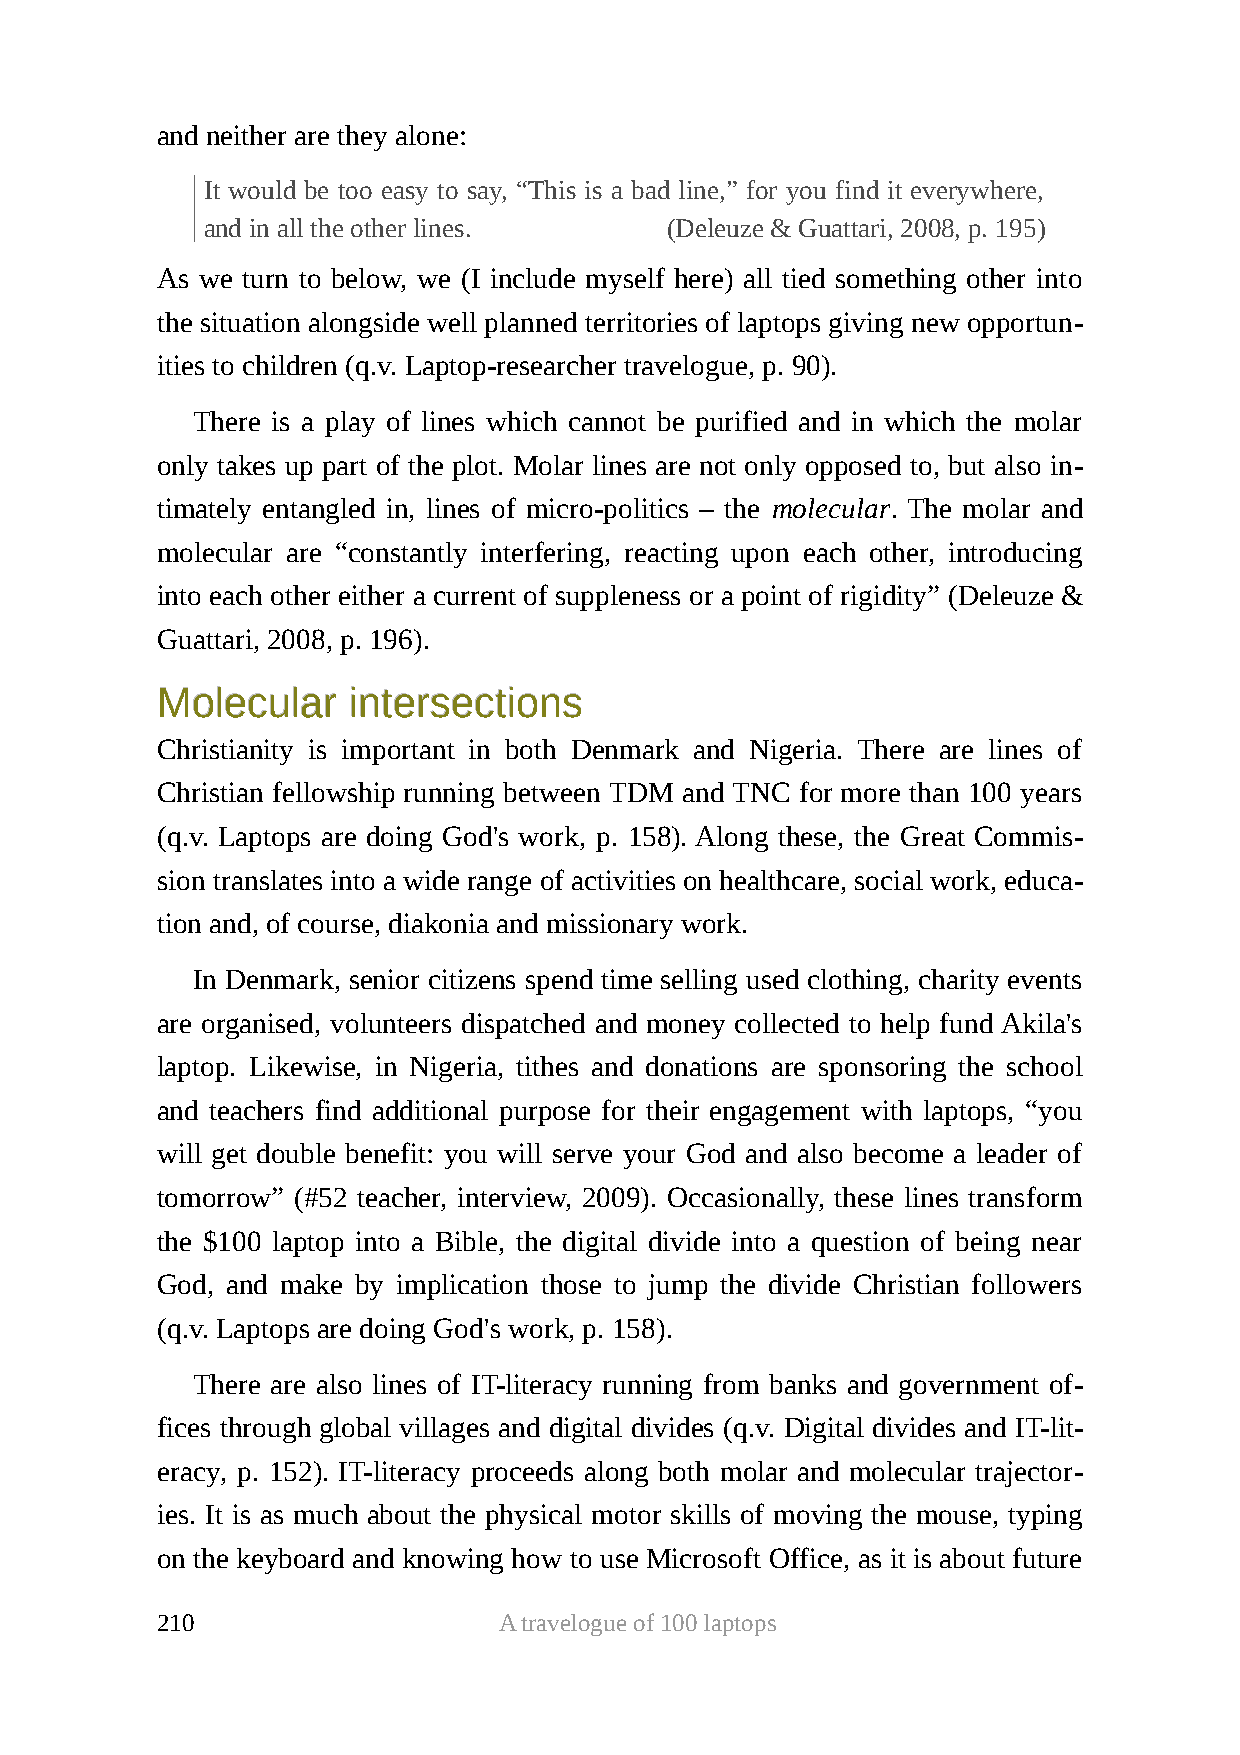
and neither are they alone:
 It would be too easy to say, “This is a bad line,” for you find it everywhere,
 and in all the other lines.   (Deleuze & Guattari, 2008, p. 195)
 As we turn to below, we (I include myself here) all tied something other into
 the situation alongside well planned territories of laptops giving new opportun-
 ities to children (q.v. Laptop-researcher travelogue, p. 90).
 There is a play of lines which cannot be purified and in which the molar
 only takes up part of the plot. Molar lines are not only opposed to, but also in-
 timately entangled in, lines of micro-politics – the molecular. The molar and
 molecular are “constantly interfering, reacting upon each other, introducing
 into each other either a current of suppleness or a point of rigidity” (Deleuze &
 Guattari, 2008, p. 196).
 MMoolleeccuullaarr iinntteerrsseeccttiioonnss
 Christianity is important in both Denmark and Nigeria. There are lines of
 Christian fellowship running between TDM and TNC for more than 100 years
 (q.v. Laptops are doing God's work, p. 158). Along these, the Great Commis-
 sion translates into a wide range of activities on healthcare, social work, educa-
 tion and, of course, diakonia and missionary work.
 In Denmark, senior citizens spend time selling used clothing, charity events
 are organised, volunteers dispatched and money collected to help fund Akila's
 laptop. Likewise, in Nigeria, tithes and donations are sponsoring the school
 and teachers find additional purpose for their engagement with laptops, “you
 will get double benefit: you will serve your God and also become a leader of
 tomorrow” (#52 teacher, interview, 2009). Occasionally, these lines transform
 the $100 laptop into a Bible, the digital divide into a question of being near
 God, and make by implication those to jump the divide Christian followers
 (q.v. Laptops are doing God's work, p. 158).
 There are also lines of IT-literacy running from banks and government of-
 fices through global villages and digital divides (q.v. Digital divides and IT-lit-
 eracy, p. 152). IT-literacy proceeds along both molar and molecular trajector-
 ies. It is as much about the physical motor skills of moving the mouse, typing
 on the keyboard and knowing how to use Microsoft Office, as it is about future
 210                    A travelogue of 100 laptops